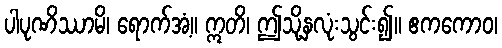
ပါပုဏိဿာမိ၊ ရောက်အံ့။ ဣတိ၊ ဤသို့နှလုံးသွင်း၍။ ဧကကောဝ၊